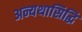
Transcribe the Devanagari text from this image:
अन्यथासिद्धि